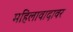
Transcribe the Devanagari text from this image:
महिलावादावर